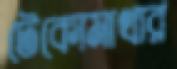
টেকোমাথার